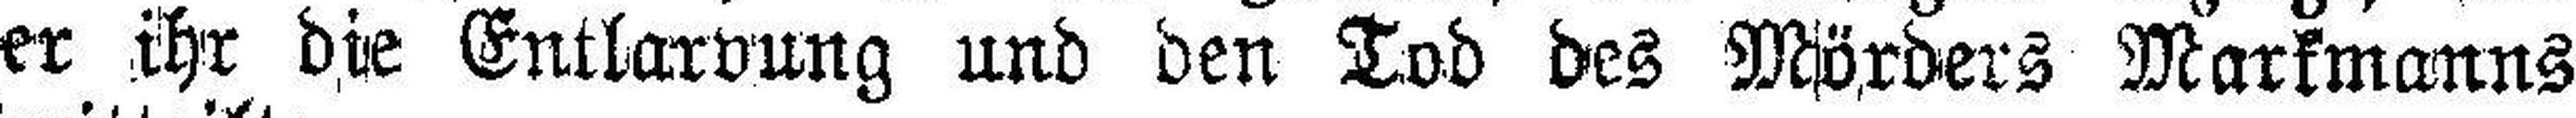
er ihr die Entlarvung und den Tod des Mörders Markmanns